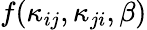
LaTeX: f(\kappa_{ij},\kappa_{ji},\beta)